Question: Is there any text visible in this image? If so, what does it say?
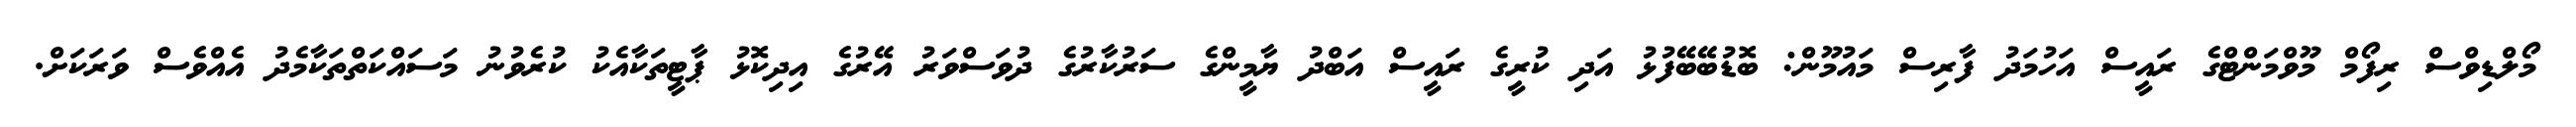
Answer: މޯލްޑިވްސް ރިފޯމް މޫވްމަންޓްގެ ރައީސް އަހުމަދު ފާރިސް މައުމޫން: ބޮޑުބޭބޭފުޅު އަދި ކުރީގެ ރައީސް އަބްދު ޔާމީންގެ ސަރުކާރުގެ ދުވަސްވަރު އޭރުގެ އިދިކޮޅު ޕާޓީތަކާއެކު ކުރެވުނު މަސައްކަތްތަކާމެދު އެއްވެސް ވަރަކަށް.